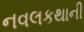
નવલકથાની